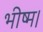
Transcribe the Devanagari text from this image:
भीष्म।